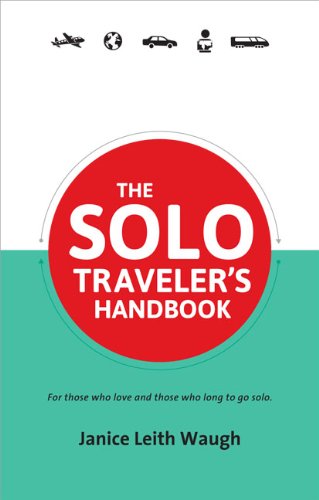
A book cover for The Solo Traveler's Handbook 2nd Edition (Traveler's Handbooks); Janice Leith Waugh; Travel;